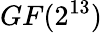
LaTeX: GF(2^{13})